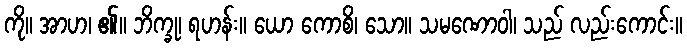
ကို။ အာဟ၊ ၏။ ဘိက္ခု၊ ရဟန်း။ ယော ကောစိ၊ သော။ သမဏောဝါ၊ သည် လည်းကောင်း။